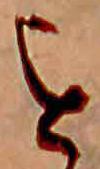
を